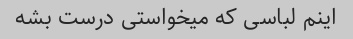
اینم لباسی که میخواستی درست بشه